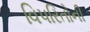
વિપરિતોની